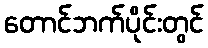
တောင်ဘက်ပိုင်းတွင်